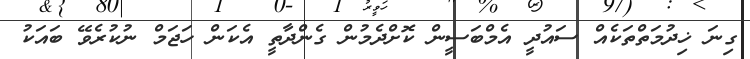
ގިނަ ޚިދުމަތްތަކެއް ސައުދީ އެމްބަސީން ކޮށްދެމުން ގެންދާތީ އެކަން ހަޖަމް ނުކުރެވޭ ބައަކު